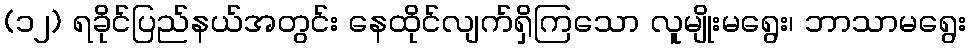
(၁၂) ရခိုင်ပြည်နယ်အတွင်း နေထိုင်လျက်ရှိကြသော လူမျိုးမရွေး၊ ဘာသာမရွေး